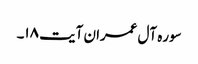
سوره آل‌ عمران آیت ۱۸۔